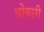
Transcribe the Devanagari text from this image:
ओंकारी